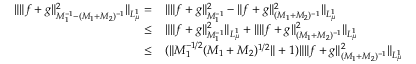
\begin{array} { r l } { \Vert \Vert f + g \Vert _ { M _ { 1 } ^ { - 1 } - ( M _ { 1 } + M _ { 2 } ) ^ { - 1 } } ^ { 2 } \Vert _ { L _ { \mu } ^ { 1 } } = } & { \Vert \Vert f + g \Vert _ { M _ { 1 } ^ { - 1 } } ^ { 2 } - \Vert f + g \Vert _ { ( M _ { 1 } + M _ { 2 } ) ^ { - 1 } } ^ { 2 } \Vert _ { L _ { \mu } ^ { 1 } } } \\ { \leq } & { \Vert \Vert f + g \Vert _ { M _ { 1 } ^ { - 1 } } ^ { 2 } \Vert _ { L _ { \mu } ^ { 1 } } + \Vert \Vert f + g \Vert _ { ( M _ { 1 } + M _ { 2 } ) ^ { - 1 } } ^ { 2 } \Vert _ { L _ { \mu } ^ { 1 } } } \\ { \leq } & { ( \Vert M _ { 1 } ^ { - 1 / 2 } ( M _ { 1 } + M _ { 2 } ) ^ { 1 / 2 } \Vert + 1 ) \Vert \Vert f + g \Vert _ { ( M _ { 1 } + M _ { 2 } ) ^ { - 1 } } ^ { 2 } \Vert _ { L _ { \mu } ^ { 1 } } } \end{array}